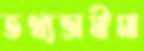
তথ্যভাষীমা